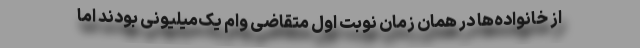
از خانواده‌ها در همان زمان نوبت اول متقاضی وام یک‌میلیونی بودند اما